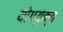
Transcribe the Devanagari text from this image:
योगयुक्त